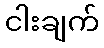
ငါးချက်